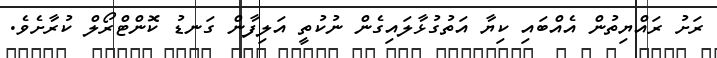
ރަށު ރައްޔިތުން އެއްބައި ކިޔާ އަތުގުޅާލައިގެން ނުކުތީ އަލިފާން ގަނޑު ކޮންޓްރޯލް ކުރާށެވެ.